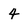
Character: 4